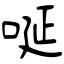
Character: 唌